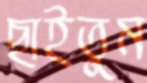
ছাইতুম